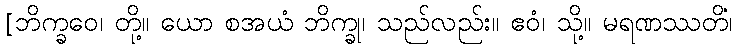
[ဘိက္ခဝေ၊ တို့။ ယော စအယံ ဘိက္ခု၊ သည်လည်း။ ဧဝံ၊ သို့။ မရဏဿတိံ၊